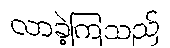
လာခဲ့ကြသည်